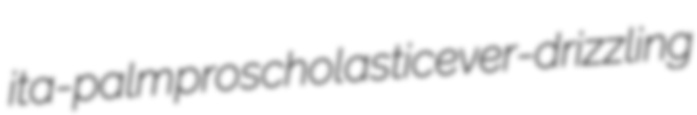
ita-palm proscholastic ever-drizzling